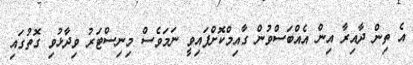
އެ ތިން ދާއިރާ އިން އެއްބަސްވުން ގާއިމްކޮށްފައިވީ ނަމަވެސް މިނިސްޓަރު ވިދާޅުވި ގޮތުގައި